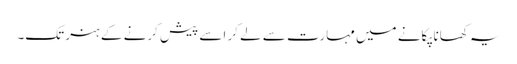
یہ کھانا پکانے میں مہارت سے لے کر اسے پیش کرنے کے ہنر تک۔